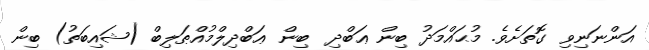
އަންނަނިވި ގޮތަށެވެ. މުޙައްމަދު ބިން ޢަބްދި  ބިން ޢަބްދިލްމުއްޠަލިބް (ޝައިބަތު) ބިން